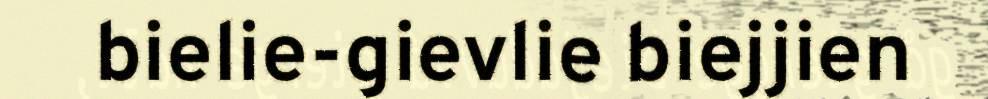
bielie-gievlie biejjien